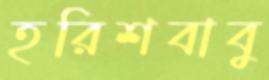
হরিশবাবু